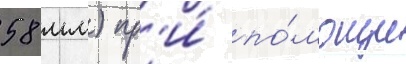
58 мм) пр'и́ по́мощи